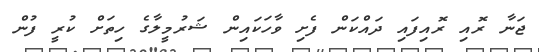
ޖަނާ ރޮއި ރޮއިފައި ދައްކަން ފެށި ވާހަކައިން ޝަރުމީލާގެ ހިތަށް ކުރީ ފުން